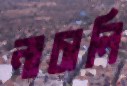
নাচালি